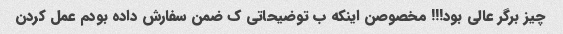
چیز برگر عالی بود!!! مخصوصن اینکه ب توضیحاتی ک ضمن سفارش داده بودم عمل کردن